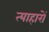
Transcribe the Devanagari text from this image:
त्याहारों